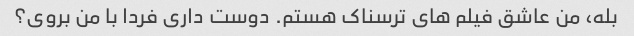
بله، من عاشق فیلم های ترسناک هستم. دوست داری فردا با من بروی؟